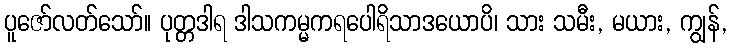
ပူဇော်လတ်သော်။ ပုတ္တဒါရ ဒါသကမ္မကရပေါရိသာဒယောပိ၊ သား သမီး, မယား, ကျွန်,